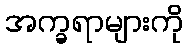
အက္ခရာများကို